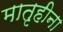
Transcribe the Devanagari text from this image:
मातृहीना